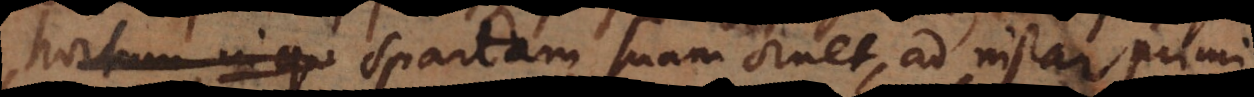
hortum in qu Spartam suam ornet, ad instar primi